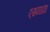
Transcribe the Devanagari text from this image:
एख्याद्या